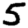
Digit: 5